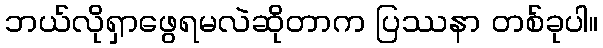
ဘယ်လိုရှာဖွေရမလဲဆိုတာက ပြဿနာ တစ်ခုပါ။